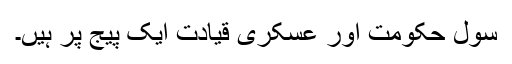
سول حکومت اور عسکری قیادت ایک پیج پر ہیں۔